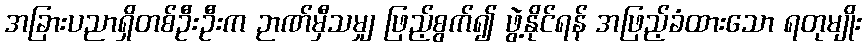
အခြားပညာရှိတစ်ဦးဦးက ဉာဏ်မှီသမျှ ဖြည့်စွက်၍ ဖွဲ့နိုင်ရန် အဖြည့်ခံထားသော ရတုမျိုး